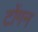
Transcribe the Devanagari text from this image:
टोंगन